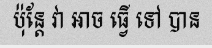
ប៉ុន្តែ វា អាច ធ្វើ ទៅ បាន